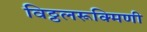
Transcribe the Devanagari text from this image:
विठ्ठलरूक्मिणी